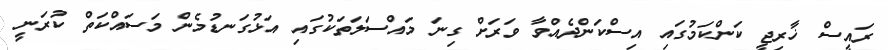
ރައީސް ޚާރިޖީ ކަންކަމުގައި އިސްކަންދެއްވާ ވަރަށް ގިނަ މައްސަލަތަކުގައި އަޅުގަނޑުމެން މަސައްކަތް ކުރަނީ